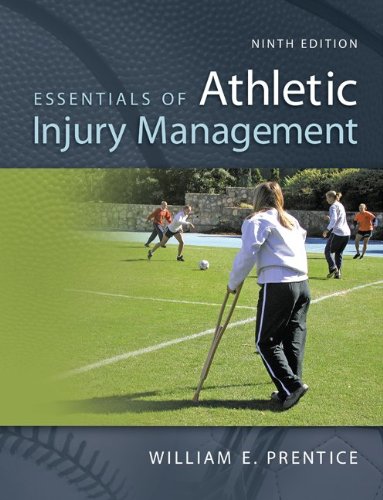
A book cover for Essentials of Athletic Injury Management; William Prentice; Medical Books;